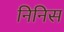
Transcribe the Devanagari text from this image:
निनिस